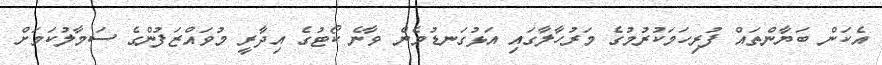
އެކަން ބަޔާންތައް ފުރިހަމަކުރުމުގެ މަރުހާލާގައި އަޅުގަނޑުމެން ވާނެ ކޯޓުގެ އިދާރީ މުވައްޒަފުންގެ ސަމާލުކަމަށް